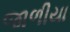
જાળીયા